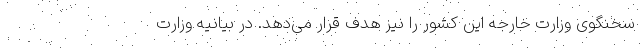
سخنگوی وزارت خارجه این کشور را نیز هدف قرار می‌دهد. در بیانیه وزارت